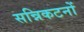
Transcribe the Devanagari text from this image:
सन्निकटनों